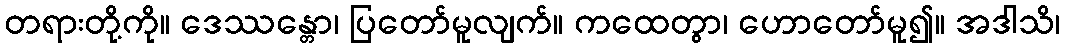
တရားတို့ကို။ ဒေဿန္တော၊ ပြတော်မူလျက်။ ကထေတွာ၊ ဟောတော်မူ၍။ အဒါသိ၊